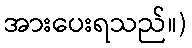
အားပေးရသည်။)